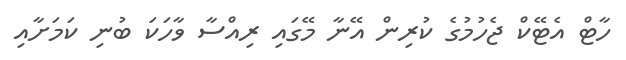
ހާޓް އެޓޭކް ޖެހުމުގެ ކުރިން އޭނާ މޭގައި ރިއްސާ ވާހަކަ ބުނި ކަމަށާއި